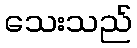
သေးသည်